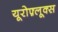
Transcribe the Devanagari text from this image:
यूरोफ़्लूक्स